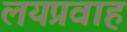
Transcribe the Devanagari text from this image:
लयप्रवाह